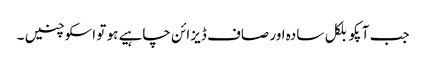
جب آپکو بلکل سادہ اور صاف ڈیزائن چاہیے ہو تو اسکو چنیں ۔